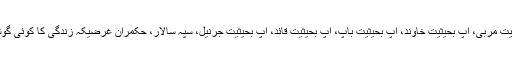
آپ بحیثیت پیغمبر ، آپ بحیثیت داعی، آپ بحیثیت معلم، آپ بحیثیت مربی، آپ بحیثیت خاوند، آپ بحیثیت باپ، آپ بحیثیت قائد، آپ بحیثیت جرنیل، سپہ سالار، حکمران غرضیکہ زندگی کا کوئی گوشہ ایسا نہیں کہ جس کی تفصیل کتب کی شکل میں موجود نہ ہو۔